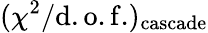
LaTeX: (\chi^{2}/\mathrm{d.o.f.})_{\mathrm{cascade}}